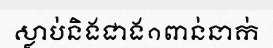
ស្លាប់និងជាង១ពាន់នាក់